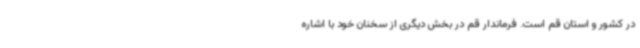
در کشور و استان قم است. فرماندار قم در بخش دیگری از سخنان خود با اشاره